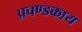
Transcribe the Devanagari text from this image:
प्रचण्डकाय